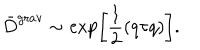
LaTeX: { \bar { D } } ^ { \mathrm { g r a v } } \sim \exp \biggl [ \frac { 1 } { 2 } ( q \tau q ) \biggr ] .